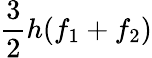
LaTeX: {\frac{3}{2}}h(f_{1}+f_{2})